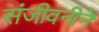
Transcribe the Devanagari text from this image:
संजीवनीने